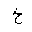
Letter: _kha